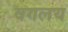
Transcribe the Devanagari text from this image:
वगलय